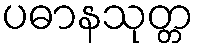
ပဓာနသုတ္တ